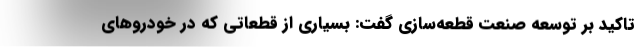
تاکید بر توسعه صنعت قطعه‌سازی گفت: بسیاری از قطعاتی که در خودروهای